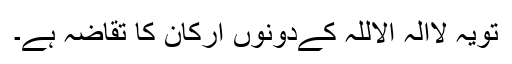
تویہ لاالہ الاللہ کےدونوں ارکان کا تقاضہ ہے۔